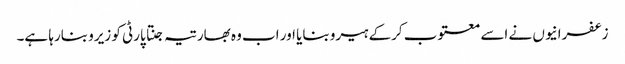
زعفرانیوں نے اسے معتوب کرکے ہیرو بنایا اور اب وہ بھارتیہ جنتا پارٹی کو زیرو بنارہا ہے۔